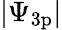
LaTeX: |\Psi_{\mathrm{3p}}|